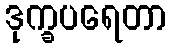
ဒုက္ခပရေတာ